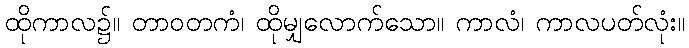
ထိုကာလ၌။ တာဝတကံ၊ ထိုမျှလောက်သော။ ကာလံ၊ ကာလပတ်လုံး။